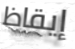
إيقاظ